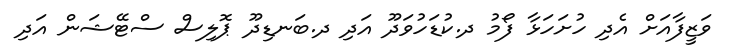
ވަޒީފާއަށް އެދި ހުށަހަޅާ ފޯމު ދ.ކުޑަހުވަދޫ އަދި ދ.ބަނޑިދޫ ޕޮލިސް ސްޓޭޝަން އަދި